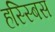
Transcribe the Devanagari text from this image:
हस्स्बिस